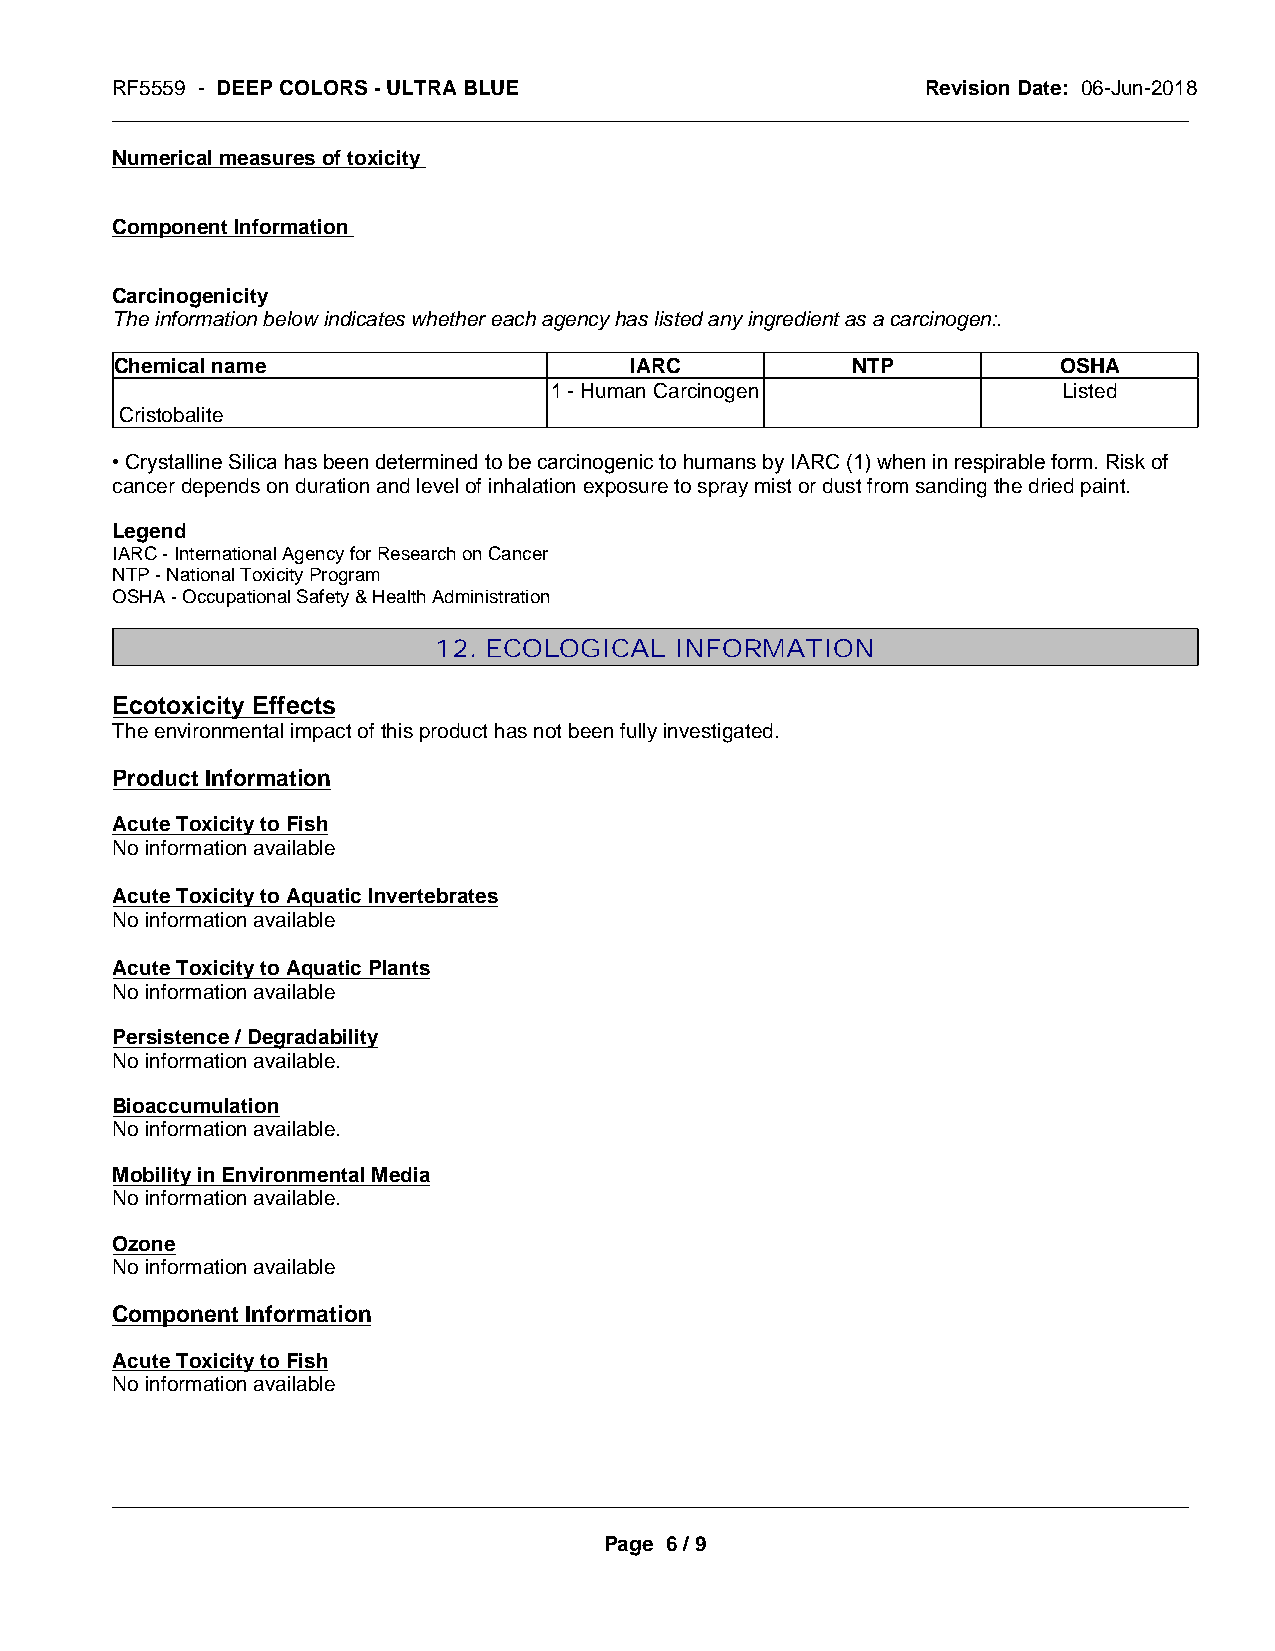
RF5559 - DEEP COLORS - ULTRA BLUE                     Revision Date: 06-Jun-2018
 _____________________________________________________________________________________________
 Numerical measures of toxicity
 Component Information
 Carcinogenicity
 The information below indicates whether each agency has listed any ingredient as a carcinogen:.
 Chemical name                     IARC          NTP           OSHA
 1 - Human Carcinogen              Listed
 Cristobalite
 • Crystalline Silica has been determined to be carcinogenic to humans by IARC (1) when in respirable form. Risk of
 cancer depends on duration and level of inhalation exposure to spray mist or dust from sanding the dried paint.
 Legend
 IARC - International Agency for Research on Cancer
 NTP - National Toxicity Program
 OSHA - Occupational Safety & Health Administration
 12. ECOLOGICAL  INFORMATION
 Ecotoxicity Effects
 The environmental impact of this product has not been fully investigated.
 Product Information
 Acute Toxicity to Fish
 No information available
 Acute Toxicity to Aquatic Invertebrates
 No information available
 Acute Toxicity to Aquatic Plants
 No information available
 Persistence / Degradability
 No information available.
 Bioaccumulation
 No information available.
 Mobility in Environmental Media
 No information available.
 Ozone
 No information available
 Component Information
 Acute Toxicity to Fish
 No information available
 _____________________________________________________________________________________________
 Page 6 / 9